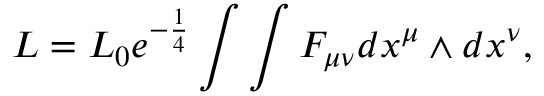
L = L _ { 0 } e ^ { - \frac { 1 } { 4 } } \int \int F _ { \mu \nu } d x ^ { \mu } \wedge d x ^ { \nu } ,